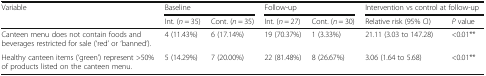
<table><thead><tr><td rowspan="2"><b>Variable</b></td><td colspan="2"><b>Baseline</b></td><td colspan="2"><b>Follow-up</b></td><td colspan="2"><b>Intervention vs control at follow-up</b></td></tr><tr><td><b>Int. (<i>n</i> = 35)</b></td><td><b>Cont. (<i>n</i> = 35)</b></td><td><b>Int. (<i>n</i> = 27)</b></td><td><b>Cont. (<i>n</i> = 30)</b></td><td><b>Relative risk (95% CI)</b></td><td><b><i>P</i> value</b></td></tr></thead><tbody><tr><td>Canteen menu does not contain foods and beverages restricted for sale (‘red’ or ‘banned’).</td><td>4 (11.43%)</td><td>6 (17.14%)</td><td>19 (70.37%)</td><td>1 (3.33%)</td><td>21.11 (3.03 to 147.28)</td><td>&lt;0.01**</td></tr><tr><td>Healthy canteen items (‘green’) represent &gt;50% of products listed on the canteen menu.</td><td>5 (14.29%)</td><td>7 (20.00%)</td><td>22 (81.48%)</td><td>8 (26.67%)</td><td>3.06 (1.64 to 5.68)</td><td>&lt;0.01**</td></tr></tbody></table>